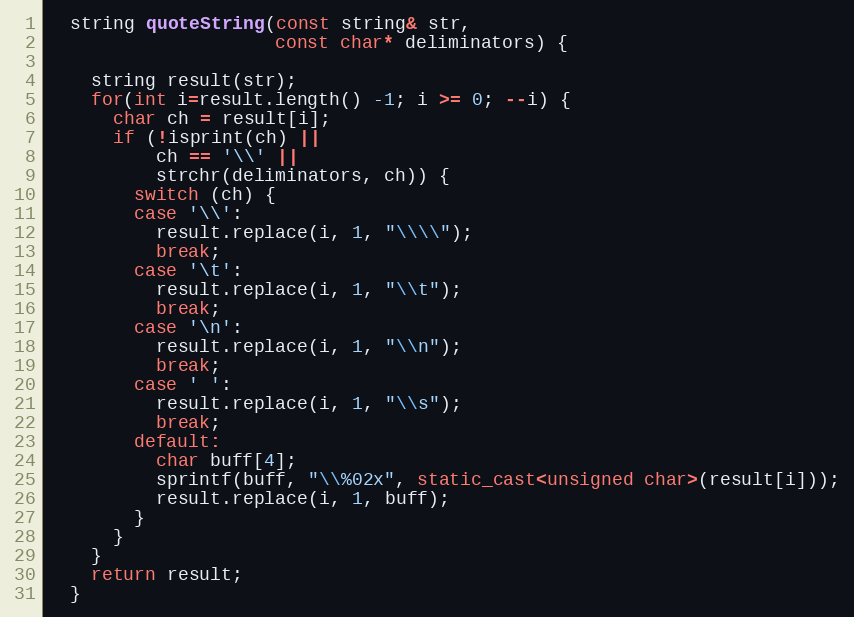
Language: C++
  string quoteString(const string& str,
                     const char* deliminators) {

    string result(str);
    for(int i=result.length() -1; i >= 0; --i) {
      char ch = result[i];
      if (!isprint(ch) ||
          ch == '\\' ||
          strchr(deliminators, ch)) {
        switch (ch) {
        case '\\':
          result.replace(i, 1, "\\\\");
          break;
        case '\t':
          result.replace(i, 1, "\\t");
          break;
        case '\n':
          result.replace(i, 1, "\\n");
          break;
        case ' ':
          result.replace(i, 1, "\\s");
          break;
        default:
          char buff[4];
          sprintf(buff, "\\%02x", static_cast<unsigned char>(result[i]));
          result.replace(i, 1, buff);
        }
      }
    }
    return result;
  }